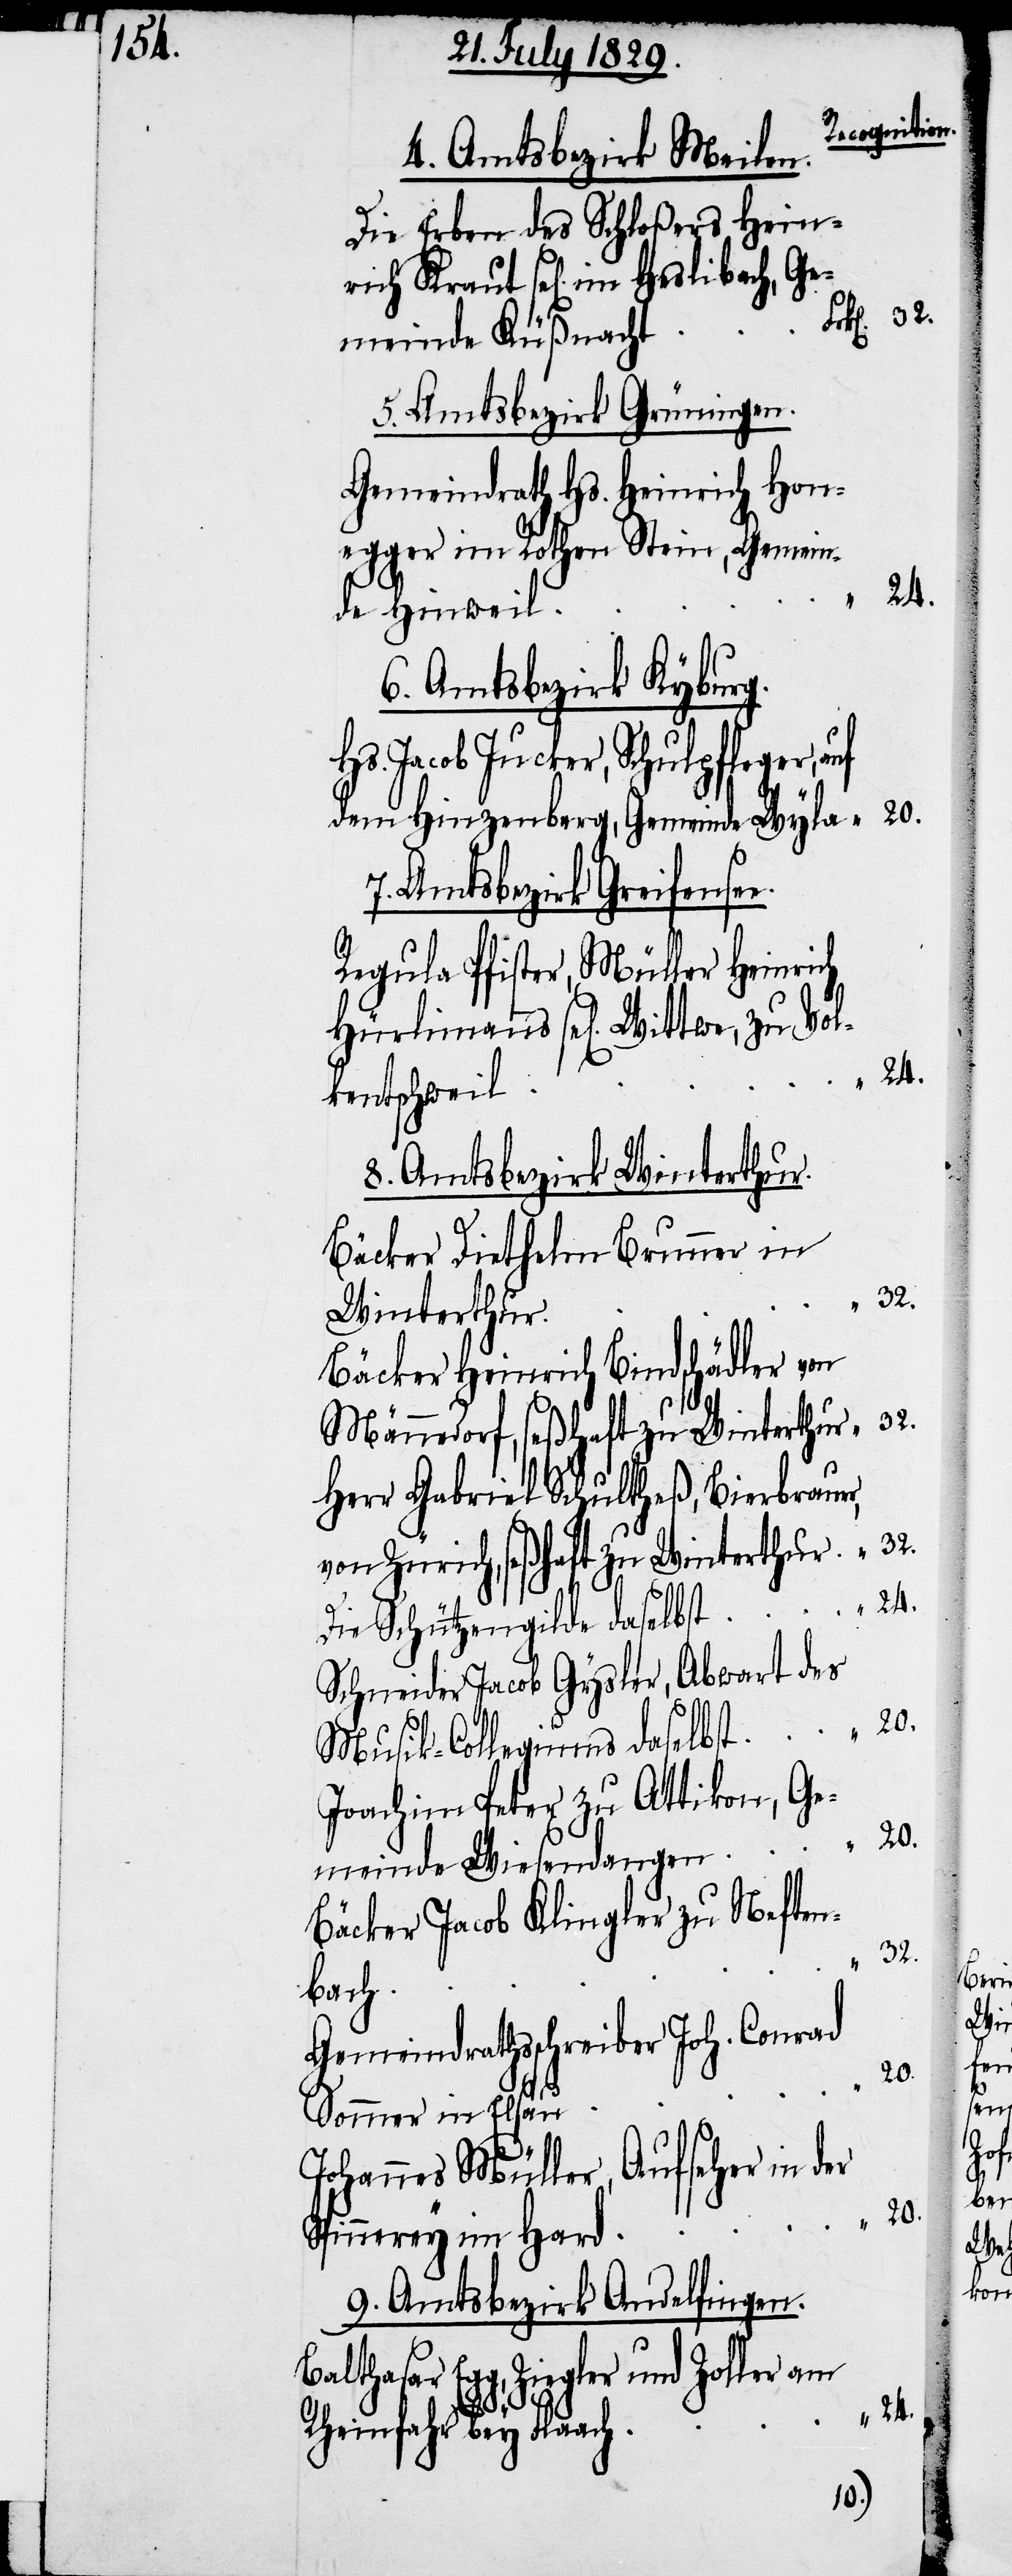
Recognition.
4. Amtsbezirk Meilen.
Die Erben des Schloßers Hein¬
rich Kraut sel[ig] im Heslibach, Ge¬
meinde Küßnacht
5. Amtsbezirk Grüningen.
Gemeindrath Hs. Heinrich Hon¬
egger im Rothen Stein, Gemein¬
de Hinweil
6. Amtsbezirk Kyburg.
Hs. Jacob Jucker, Schulpfleger,
dem Hinzenberg, Gemeinde Wyla
Amtsbezirk Greifense¬
Regula Pfister, Müller Heinrich
Hürlimanns sel[ige] Wittwe, zu Vol¬
kentschweil
8. Amtsbezirk Winterthur.
Bäcker Diethelm Brunner in
32.
Winterthur
Bäcker Heinrich Bindschädler von
Männedorf, seßhaft zu Winterthur
Herr Gabriel Schultheß, Bierbrauer,
von Zürich, seßhaft zu Winterthur
Die Schützengilde daselbst
Schneider Jacob Gryler, Abwart des
Musik-Collegiums daselbst
Joachim Peter zu Attikon, Ge¬
meinde Wiesendangen
Bäcker Jacob Klingler zu Neften¬
bach
Gemeindrathsschreiber Joh. Conrad
20.
Sommer in Elsau
20.
Johannes Müller, Aufseher in der
Spinnerey im Hard
9. Amtsbezirk Andelfingen.
Balthasar Egg, Ziegler und
24.
Rheinfahr bey Flaach